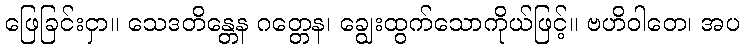
ဖြေခြင်းငှာ။ သေဒတိန္တေန ဂတ္တေန၊ ချွေးထွက်သောကိုယ်ဖြင့်။ ဗဟိဝါတေ၊ အပ